Annual administration report of the Civil Veterinary Department of India - 1897-1898
Year: 1897
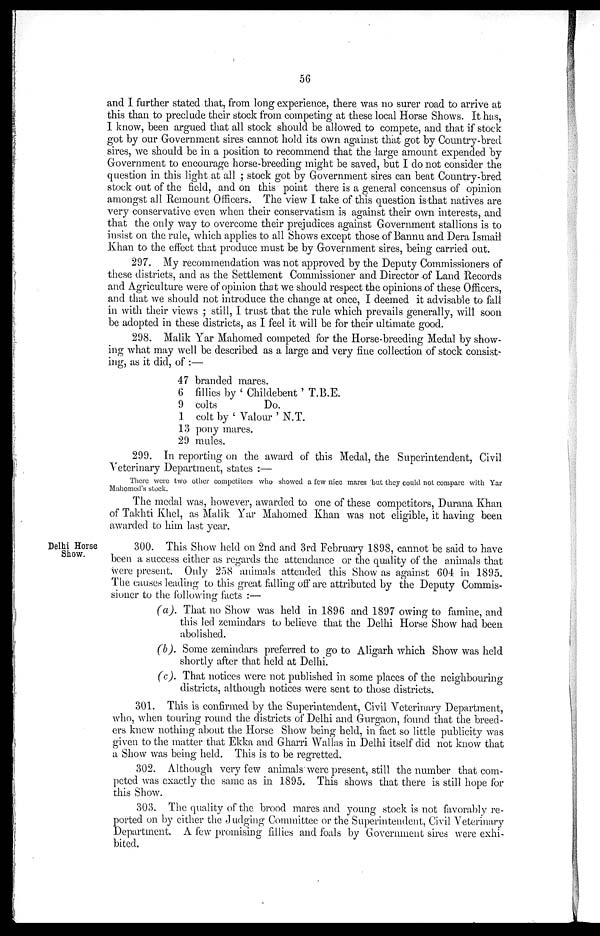
56
and I further stated that, from long experience, there was no surer road to arrive at
this than to preclude their stock from competing at these local Horse Shows. It has,
I know, been argued that all stock should be allowed to compete, and that if stock
got by our Government sires cannot hold its own against that got by Country-bred
sires, we should be in a position to recommend that the large amount expended by
Government to encourage horse-breeding might be saved, but I do not consider the
question in this light at all; stock got by Government sires can beat Country-bred
stock out of the field, and on this point there is a general concensus of opinion
amongst all Remount Officers. The view I take of this question is that natives are
very conservative even when their conservatism is against their own interests, and
that the only way to overcome their prejudices against Government stallions is to
insist on the rule, which applies to all Shows except those of Bannu and Dera Ismail
Khan to the effect that produce must be by Government sires, being carried out.
297. My recommendation was not approved by the Deputy Commissioners of
these districts, and as the Settlement Commissioner and Director of Land Records
and Agriculture were of opinion that we should respect the opinions of these Officers,
and that we should not introduce the change at once, I deemed it advisable to fall
in with their views; still, I trust that the rule which prevails generally, will soon
be adopted in these districts, as I feel it will be for their ultimate good.
298. Malik Yar Mahomed competed for the Horse-breeding Medal by show-
ing what may well be described as a large and very fine collection of stock consist-
ing, as it did, of:—
47 branded mares.
6 fillies by 'Childebent' T.B.E.
9 colts
Do.
1 colt by 'Valour' N.T.
13 pony mares.
29 mules.
299. In reporting on the award of this Medal, the Superintendent, Civil
Veterinary Department, states:—
There were two other competitors who showed a few nice mares but they could not compare with Yar
Mahomed's stock.
The medal was, however, awarded to one of these competitors, Durana Khan
of Takhti Khel, as Malik Yar Mahomed Khan was not eligible, it having been
awarded to him last year.
Delhi Horse
Show.
300. This Show held on 2nd and 3rd February 1898, cannot be said to have
been a success either as regards the attendance or the quality of the animals that
were present. Only 258 animals attended this Show as against 604 in 1895.
The causes leading to this great falling off are attributed by the Deputy Commis-
sioner to the following facts:—
(a). That no Show was held in 1896 and 1897 owing to famine, and
this led zemindars to believe that the Delhi Horse Show had been
abolished.
(b). Some zemindars preferred to go to Aligarh which Show was held
shortly after that held at Delhi.
(c). That notices were not published in some places of the neighbouring
districts, although notices were sent to those districts.
301. This is confirmed by the Superintendent, Civil Veterinary Department,
who, when touring round the districts of Delhi and Gurgaon, found that the breed-
ers knew nothing about the Horse Show being held, in fact so little publicity was
given to the matter that Ekka and Gharri Wallas in Delhi itself did not know that
a Show was being held. This is to be regretted.
302. Although very few animals were present, still the number that com-
peted was exactly the same as in 1895. This shows that there is still hope for
this Show.
303. The quality of the brood mares and young stock is not favorably re-
ported on by either the Judging Committee or the Superintendent, Civil Veterinary
Department. A few promising fillies and foals by Government sires were exhi-
bited.